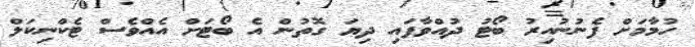
ހުމާމަށް ފެނުނުއިރު ބޯޓު ދުއްވާފައި ދިޔަ ގޮތުން އެ ބޯޓަށް އެއްވެސް ޓެކްނިކަލް